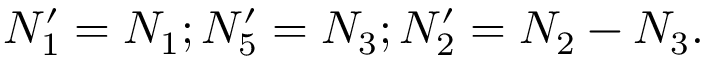
N _ { 1 } ^ { \prime } = N _ { 1 } ; N _ { 5 } ^ { \prime } = N _ { 3 } ; N _ { 2 } ^ { \prime } = N _ { 2 } - N _ { 3 } .